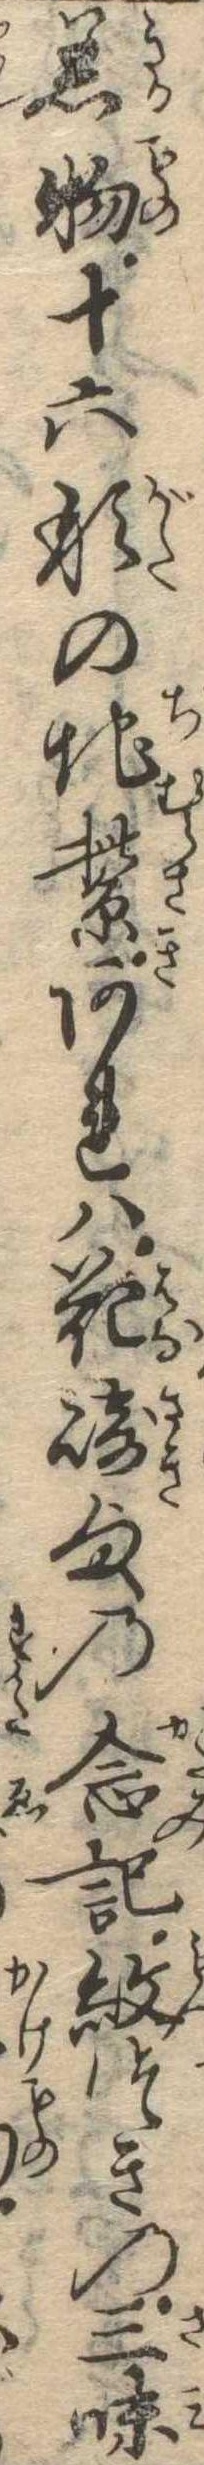
着物十六形の地紫あれは花崎様の念記紋つきの三味